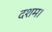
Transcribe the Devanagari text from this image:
दशम।